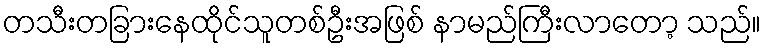
တသီးတခြားနေထိုင်သူတစ်ဦးအဖြစ် နာမည်ကြီးလာတော့ သည်။